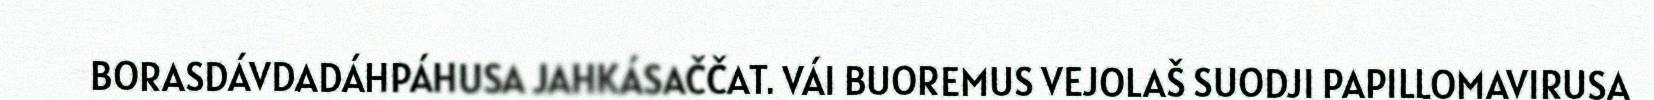
BORASDÁVDADÁHPÁHUSA JAHKÁSAČČAT. VÁI BUOREMUS VEJOLAŠ SUODJI PAPILLOMAVIRUSA